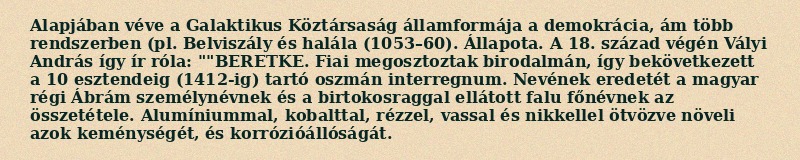
Alapjában véve a Galaktikus Köztársaság államformája a demokrácia, ám több rendszerben (pl. Belviszály és halála (1053–60). Állapota. A 18. század végén Vályi András így ír róla: ""BERETKE. Fiai megosztoztak birodalmán, így bekövetkezett a 10 esztendeig (1412-ig) tartó oszmán interregnum. Nevének eredetét a magyar régi Ábrám személynévnek és a birtokosraggal ellátott falu főnévnek az összetétele. Alumíniummal, kobalttal, rézzel, vassal és nikkellel ötvözve növeli azok keménységét, és korrózióállóságát.